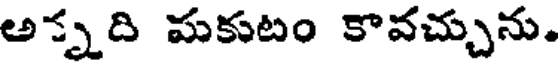
అన్నది మకుటం కావచ్చును.